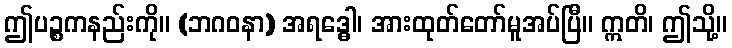
ဤပဉ္စကနည်းကို။ (ဘဂဝနာ) အရဒ္ဓေါ၊ အားထုတ်တော်မူအပ်ပြီ။ ဣတိ၊ ဤသို့။